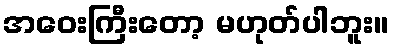
အဝေးကြီးတော့ မဟုတ်ပါဘူး။